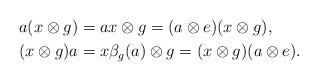
LaTeX: \begin{align*}a(x\otimes g) &= ax\otimes g = (a\otimes e)(x\otimes g), \\(x\otimes g)a &= x\beta_g(a) \otimes g = (x\otimes g)(a\otimes e).\end{align*}